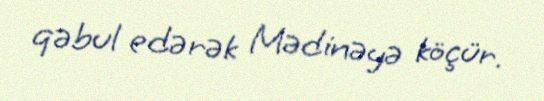
qəbul edərək Mədinəyə köçür.